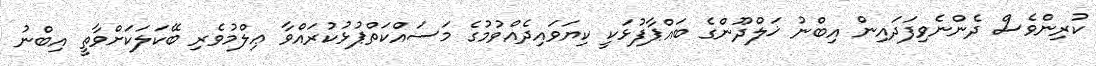
ކުރިންވެސް ދެންނެވިފަދައިން އިބްނު ޚަލްދޫންގެ ބައްޕާފުޅަކީ ކިޔަވައިދެއްވުމުގެ މަސައްކަތްޕުޅުކުރައްވާ ޢިލްމުވެރި ބޭކަލަކަށްވާތީ އިބްނު